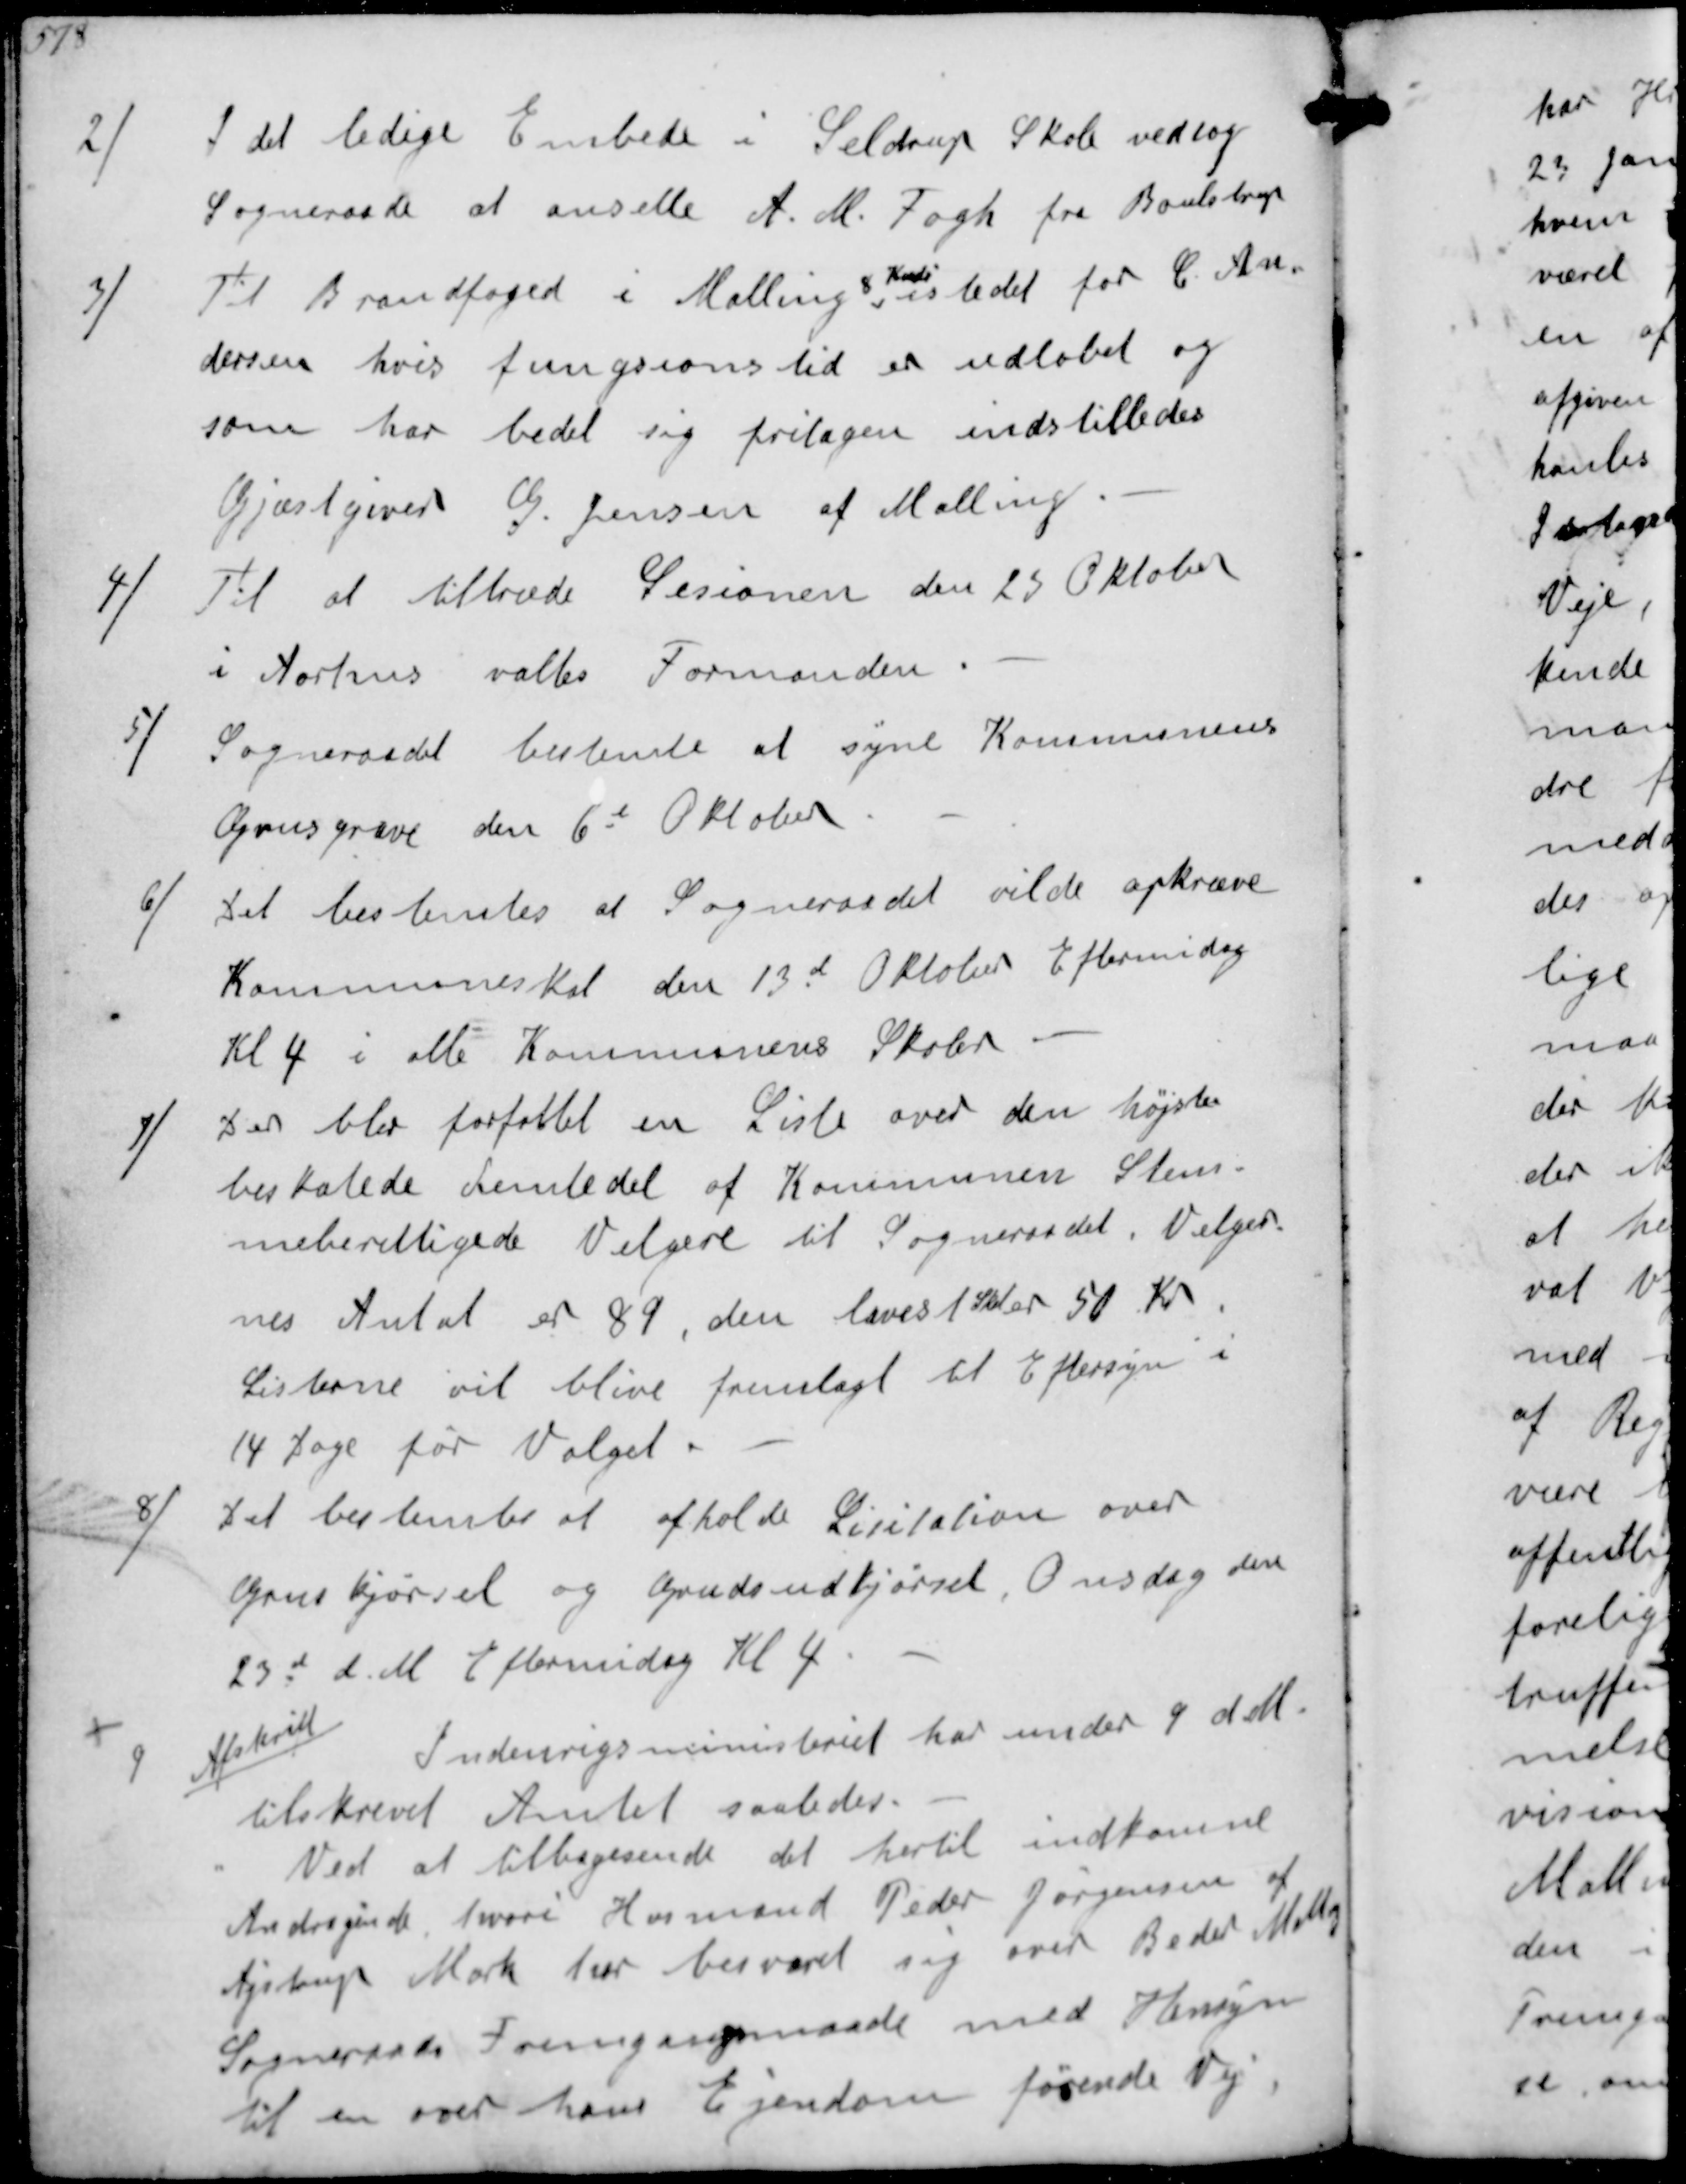
Transskription:
2
I det ledigee Embede i Seldrup Skole vedtog
Sogneraade at ansette A.M. Fogh fra Boulstrup
3/
Til Brandfoged i Malling
8 Kreds
istedet for C. An-.
dersen hvis fungsionstid er udløbet og
som har bedet sig fritagen indstilledes
Gjæstgiver G. Jensen af Malling
4/
Til at tiltræde Sesionen den 23 Oktober.
i Aarhus valtes Formanden.
5/
Sogneraadet bestemte at syne Kommunens
Grusgrave den 6t Oktober
6/
Det bestemtes at Sogneraadet vilde opkræve
kommuneskat den 13d Oktober Eftermidag
Kl 4 i alle Kommunens Skoler
7/
Der blev forfattet en Liste over den højst-
beskatede Femtedel af Kommunen Stem-
meberettigede Velgere til Sogneraadet. Velger-
nes Antal er 89 den lavest Skat er 50 Kr
Listerne vil blive fremlagt til Eftersyn i
14 Dage før Valget.
8/
Det bestemtes at afholde Licitation over
Grus Kjørsel og Grudsudkjørsel, Onsdag den
23d d.M. Efermidag Kl 4
9
Afskrift
Indenrigsministeriet har under 9 d M.
tilskrevet Amtet saaledes.
Ved at tilbadesende det hertil indkomne
Andragende hvori Husmand Peder Jørgensen af
Ajstrup Mark har besværer sig over Beder Malling
Sogneraads Fremgangsmaade med Hensyn
til en over hans Ejendom førende Vej